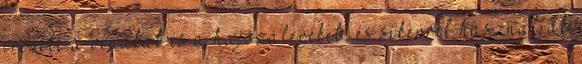
erősíti a vénákat és a hajszálereket, és sikerrel használják